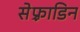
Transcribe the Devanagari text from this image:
सेफ़्राडिन